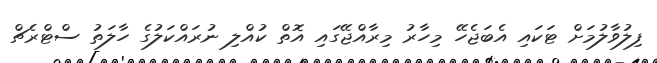
ފިލުވާލުމަށް ޓަކައި އެބަޖެހޭ މިހާރު މިރާއްޖޭގައި އޮތް ކުއްލި ނުރައްކަލުގެ ހާލަތު ސްޓްރެޗް